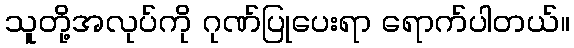
သူတို့အလုပ်ကို ဂုဏ်ပြုပေးရာ ရောက်ပါတယ်။